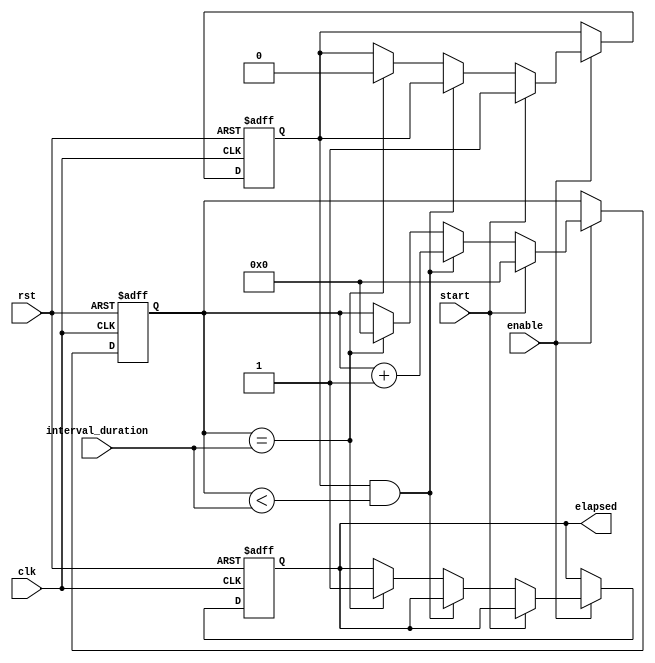
module Interval_timer(
    input clk,
    input rst,
    input start,
    input enable,
    input [31:0] interval_duration,
    output reg elapsed
);

reg [31:0] count;
reg active;

always @(posedge clk or posedge rst) begin
    if (rst) begin
        count <= 0;
        active <= 0;
        elapsed <= 0;
    end else begin
        if (enable) begin
            if (start) begin
                count <= 0;
                active <= 1;
            end else if (active && count < interval_duration) begin
                count <= count + 1;
            end else if (count == interval_duration) begin
                count <= 0;
                active <= 0;
                elapsed <= 1;
            end
        end
    end
end

endmodule